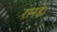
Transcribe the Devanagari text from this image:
रानडे।